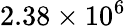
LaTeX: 2.38\times 10^{6}